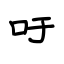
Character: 吁